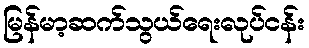
မြန်မာ့ဆက်သွယ်ရေးလုပ်ငန်း